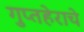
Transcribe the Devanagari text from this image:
गुप्तहेराचे